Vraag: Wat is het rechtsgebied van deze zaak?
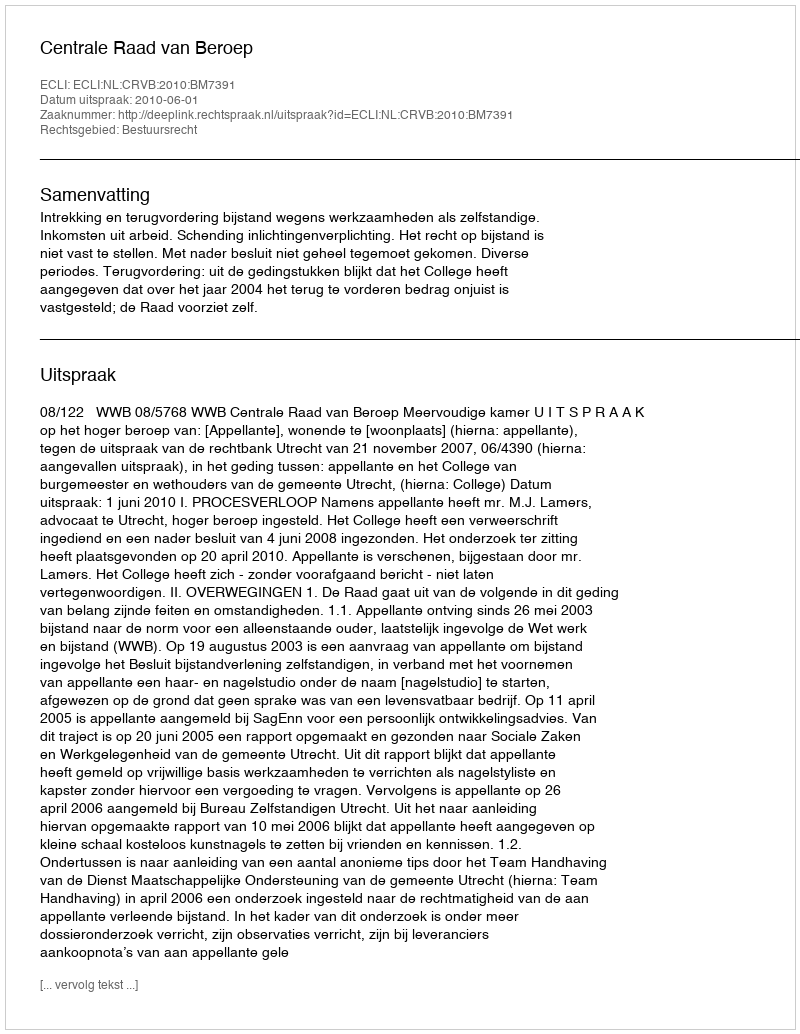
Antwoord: Bestuursrecht